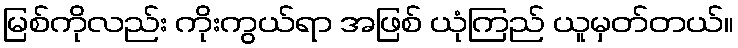
မြစ်ကိုလည်း ကိုးကွယ်ရာ အဖြစ် ယုံကြည် ယူမှတ်တယ်။